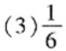
(3)\frac{1}{6}